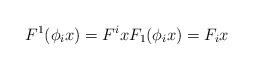
LaTeX: \begin{align*}F^1(\phi_i x) = F^i x F_1(\phi_i x) = F_i x\end{align*}